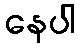
နေပါ